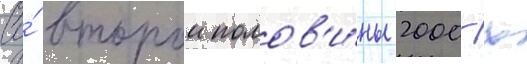
Со́ второи полов'и́ны 2000-х